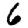
Digit: 6